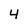
Character: 4